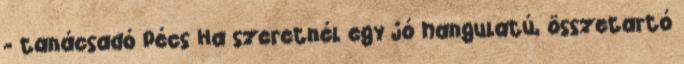
- tanácsadó Pécs Ha szeretnél egy jó hangulatú, összetartó